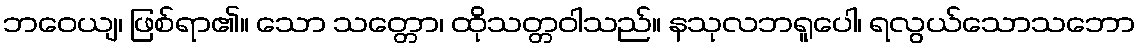
ဘဝေယျ၊ ဖြစ်ရာ၏။ သော သတ္တော၊ ထိုသတ္တဝါသည်။ နသုလဘရူပေါ၊ ရလွယ်သောသဘော